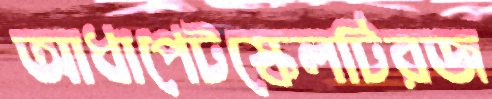
আধাপেটস্কেলটিরজ